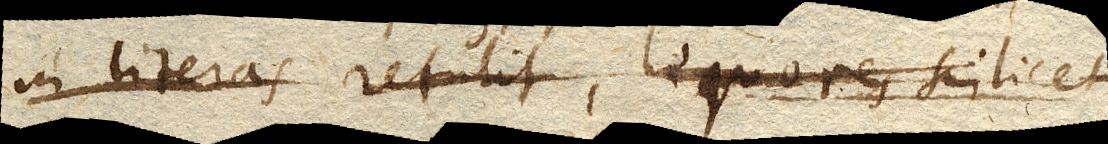
in literas retulit, liquores scilicet